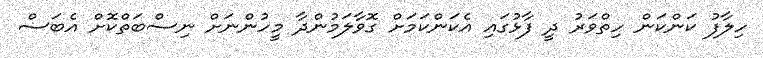
ހިލާފު ކަންކަން ހިތްވަރު ދީ ފާޅުގައި އެކަންކަމަށް ގޮވާލަމުންދާ މީހުންނަށް ނިސްބަތްކޮށް އެބަސް